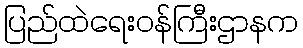
ပြည်ထဲရေးဝန်ကြီးဌာနက